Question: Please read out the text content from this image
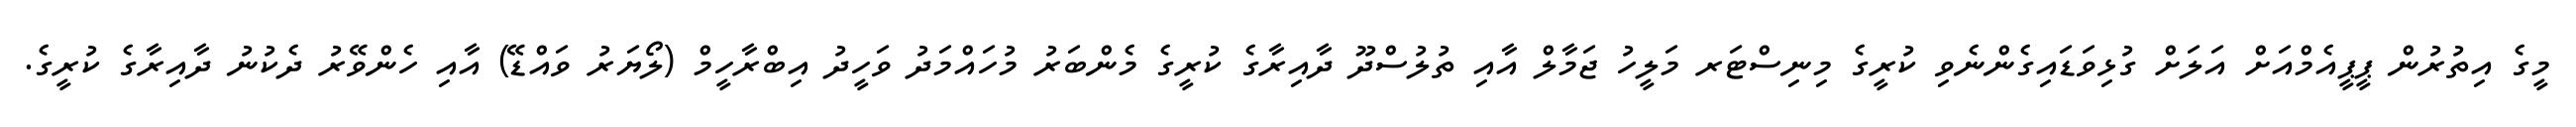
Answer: މީގެ އިތުރުން ޕީޕީއެމްއަށް އަލަށް ގުޅިވަޑައިގެންނެވި ކުރީގެ މިނިސްޓަރ މަލީހު ޖަމާލް އާއި ތުލުސްދޫ ދާއިރާގެ ކުރީގެ މެންބަރު މުހައްމަދު ވަހީދު އިބްރާހީމް (ލޯޔަރު ވައްޑޭ) އާއި ހެންވޭރު ދެކުނު ދާއިރާގެ ކުރީގެ.